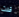
قلت